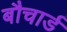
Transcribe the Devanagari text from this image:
बौचार्ड